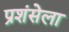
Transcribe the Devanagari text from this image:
प्रशंसेला